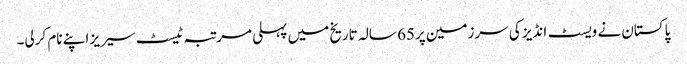
پاکستان نے ویسٹ انڈیز کی سرزمین پر65 سالہ تاریخ میں پہلی مرتبہ ٹیسٹ سیریز اپنے نام کرلی۔